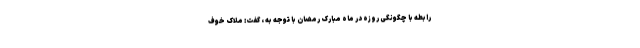
رابطه با چگونگی روزه در ماه مبارک رمضان با توجه به ، گفت: ملاک خوف